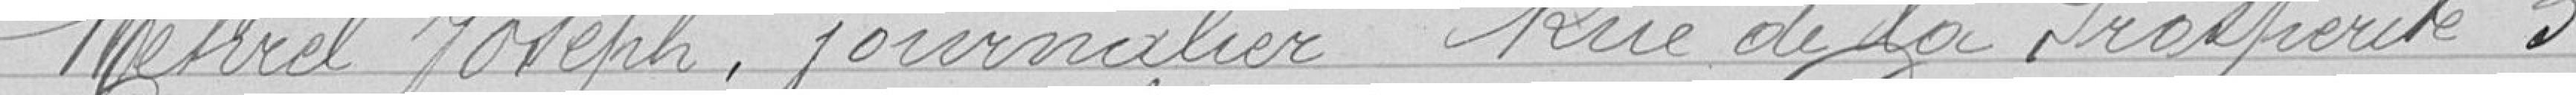
Mehrel Joseph, journalier, Rue de la Prospérité 3